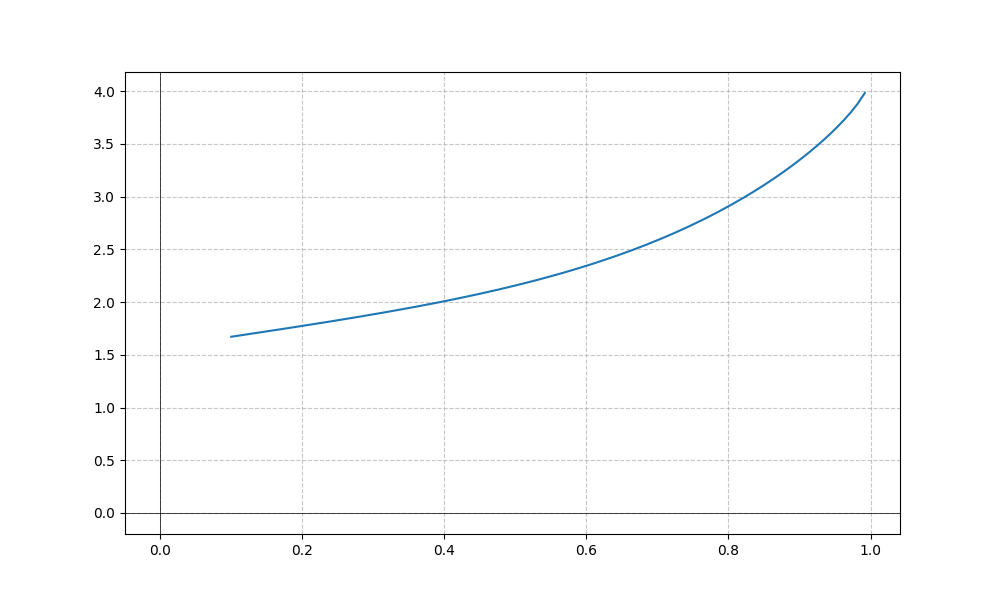
LaTeX formula: x^{4} + \operatorname{acos}{\left(- x \right)}